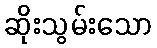
ဆိုးသွမ်းသော